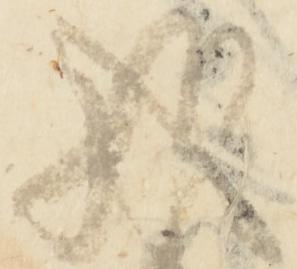
雅